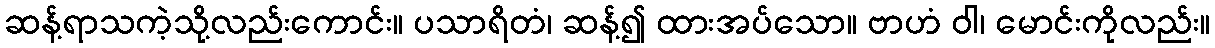
ဆန့်ရာသကဲ့သို့လည်းကောင်း။ ပသာရိတံ၊ ဆန့်၍ ထားအပ်သော။ ဗာဟံ ဝါ၊ မောင်းကိုလည်း။